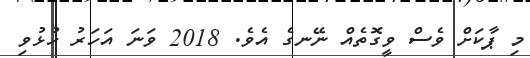
މި ޕާކަށް ވެސް ވީގޮތެއް ނޭނގެ އެވެ. 2018 ވަނަ އަހަރު ހުޅުވި